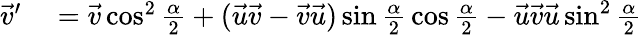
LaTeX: \begin{array}{rl}{{\vec{v}}^{\prime}}&{{}={\vec{v}}\cos^{2}{\frac{\alpha}{2}}+({\vec{u}}{\vec{v}}-{\vec{v}}{\vec{u}})\sin{\frac{\alpha}{2}}\cos{\frac{\alpha}{2}}-{\vec{u}}{\vec{v}}{\vec{u}}\sin^{2}{\frac{\alpha}{2}}}\end{array}